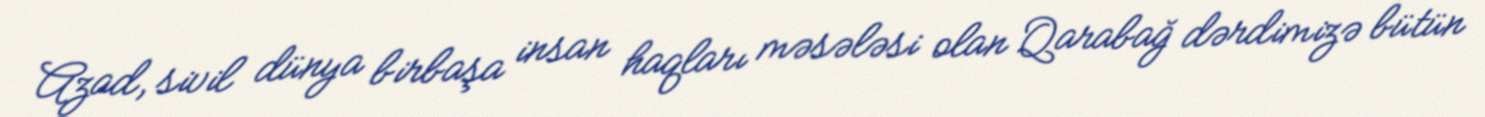
Azad, sivil dünya birbaşa insan haqları məsələsi olan Qarabağ dərdimizə bütün